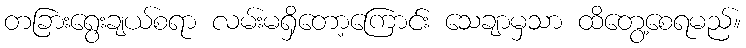
တခြားရွေးချယ်စရာ လမ်းမရှိတော့ကြောင်း သေချာမှသာ ထိတွေ့စေရမည်။